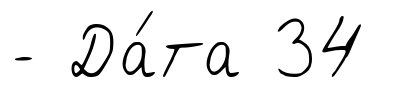
- Да́та 34